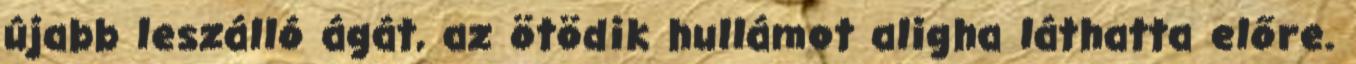
újabb leszálló ágát, az ötödik hullámot aligha láthatta előre.